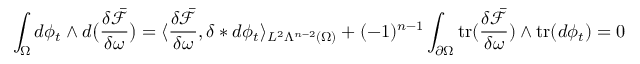
\int _ { \Omega } d \phi _ { t } \wedge d \big ( \frac { \delta \bar { \mathcal { F } } } { \delta \omega } \big ) = \langle \frac { \delta \bar { \mathcal { F } } } { \delta \omega } , \delta \ast d \phi _ { t } \rangle _ { L ^ { 2 } \Lambda ^ { n - 2 } ( \Omega ) } + ( - 1 ) ^ { n - 1 } \int _ { \partial \Omega } \mathrm { t r } ( \frac { \delta \bar { \mathcal { F } } } { \delta \omega } ) \wedge \mathrm { t r } ( d \phi _ { t } ) = 0